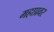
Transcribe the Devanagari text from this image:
महाप्रवर